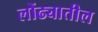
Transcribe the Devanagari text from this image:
लोंढ्यातील